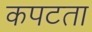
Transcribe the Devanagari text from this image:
कपटता